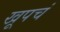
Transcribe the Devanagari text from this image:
खूपचं